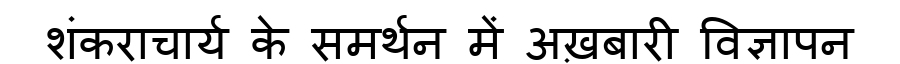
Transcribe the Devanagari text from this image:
शंकराचार्य के समर्थन में अख़बारी विज्ञापन